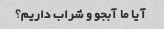
آیا ما آبجو و شراب داریم؟